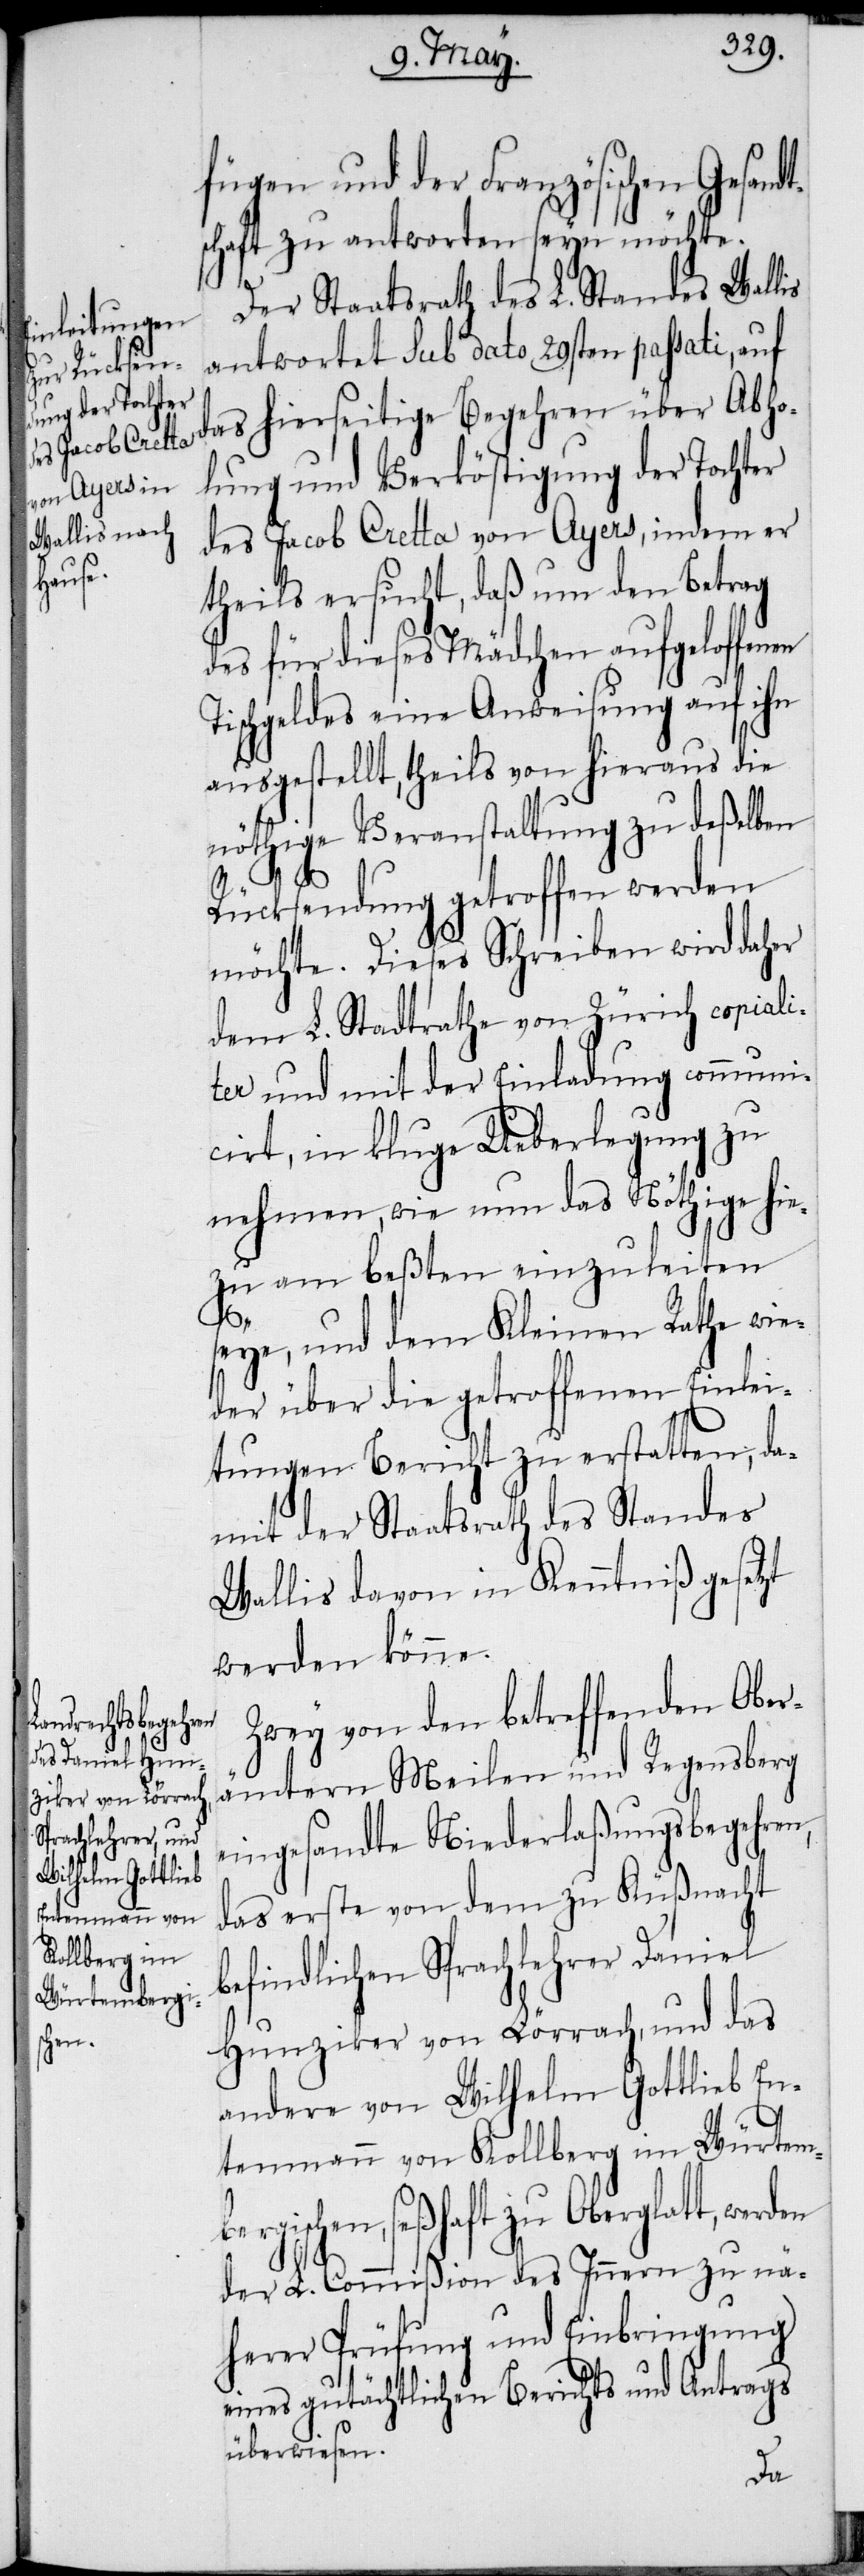
fügen und der Französischen Gesand¬
schaft zu antworten seyn möchte.
Der Staatsrath des L. Standes Wallis
antwortet sub dato 29sten passati, auf
das hierseitige Begehren über Abho¬
lung und Verköstigung der Tochter
des Jacob Cretta von Ayers, indem er
theils ersucht, daß um den Betrag
des für dieses Mädchen aufgeloffen¬
Tischgeldes eine Anweisung auf ihn
ausgestellt, theils von hieraus die
nöthige Veranstaltung zu deßelben
Rücksendung getroffen werden
möchte. Dieses Schreiben wird daher
dem L. Stadtrathe von Zürich copiali¬
ter und mit der Einladung communi¬
cirt, in kluge Ueberlegung zu
nehmen, wie nun das Nöthige hie¬
zu am beßten einzuleiten
be¬
seye, und dem Kleinen Rathe wie¬
der über die getroffenen Einlei¬
tungen Bericht zu erstatten, da¬
mit der Staatsrath des Standes
Wallis davon in Kenntniß gesetzt
werden könne.
Zwey von den betreffenden Ober¬
en
ämtern Meilen und Regensberg
eingesandte Niederlaßungsbegehren,
das erste von dem zu Küßnacht
befindlichen Sprachlehrer Daniel
Hunziker von Lörrach, und das
andere von Wilhelm Gottlieb En¬
tenmann von Kollberg im Würtem¬
rgischen, seßhaft zu Oberglatt,
der L. Commißion des Innern zu nä¬
herer Prüfung und Einbringung
eines gutächtlichen Berichts und Antrags
überwiesen.